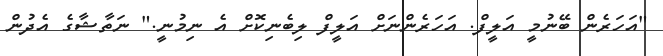
"އަހަރެން ބޭނުމީ އަލީފް. އަހަރެންނަށް އަލީފް ލިބެނިކޮށް އެ ނިމުނީ." ނަތާޝާގެ އެދުން